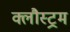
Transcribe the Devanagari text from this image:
क्लौस्ट्रम